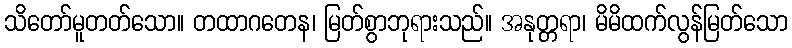
သိတော်မူတတ်သော။ တထာဂတေန၊ မြတ်စွာဘုရားသည်။ အနုတ္တရာ၊ မိမိထက်လွန်မြတ်သော